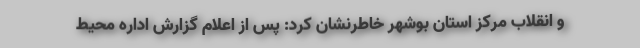
و انقلاب مرکز استان بوشهر خاطرنشان کرد: پس از اعلام گزارش اداره محیط